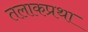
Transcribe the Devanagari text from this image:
तलाकप्रथा